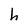
Character: h